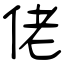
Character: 佬